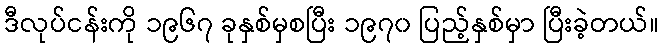
ဒီလုပ်ငန်းကို ၁၉၆၇ ခုနှစ်မှစပြီး ၁၉၇၀ ပြည့်နှစ်မှာ ပြီးခဲ့တယ်။